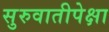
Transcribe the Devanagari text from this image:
सुरुवातीपेक्षा